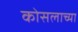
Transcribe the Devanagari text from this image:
कोसलाच्या